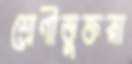
শ্রেণীভুক্তরা